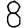
Digit: 8